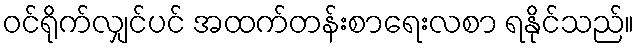
ဝင်ရိုက်လျှင်ပင် အထက်တန်းစာရေးလစာ ရနိုင်သည်။